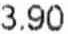
3.90